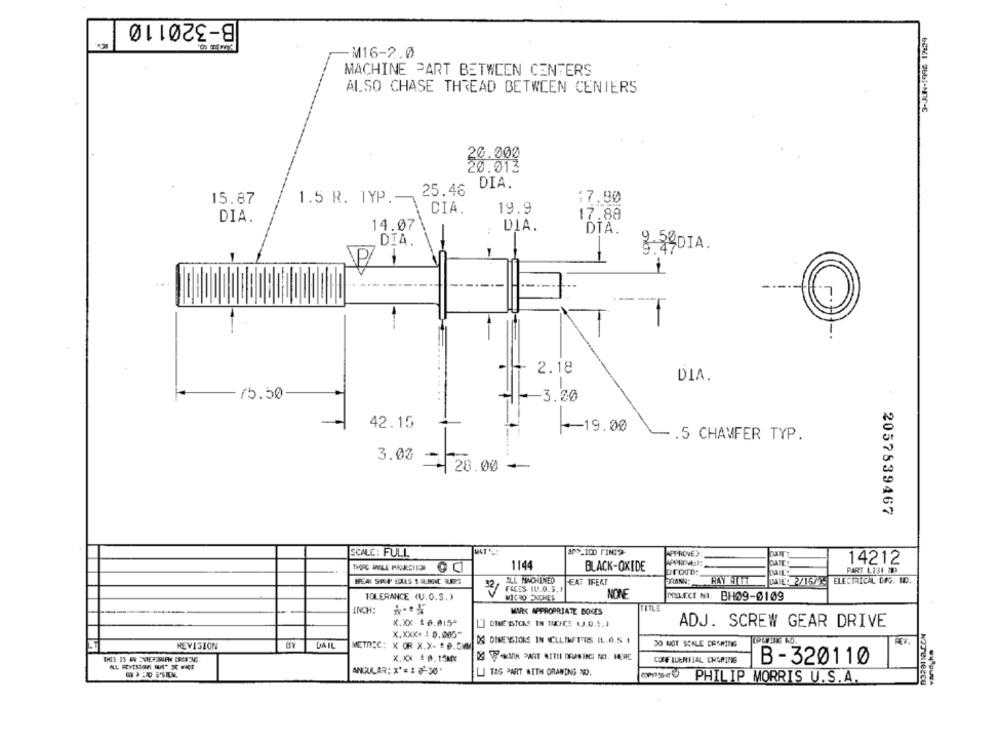
B-320110
M16-2.0
MACHINE PART BETWEEN CENTERS
ALSO CHASE THREAD BETWEEN CENTERS
20.000
20.013
DIA.
25.46
15.87
1.5 R. TYP .-
:7.90
CIA
19.9
17.88
DIA.
14.07
DIA.
DIA.
DIA.
-
8:29DIA.
--
--
2.18
DIA.
15.50
--- 3.00
42.15
-19.00
.5 CHAMFER TYP.
3.00
28.00
2057539467
SCALC: FULL
APPROVEY
14212
1144
BLACK-OXIDE
PART L131 2D
ALL MACHINED
HEAT TFEAT
BRANN:
RAY NETT
ELECTRICAL, CES. ID.
32/
32/FECES 11.0.3.1
NONE
TOLERANCE (U.O.S.)
MICRO -INCHES
MELECI MI. BH09-0109
INCH:
TITLE
MARK APPROPRIATE BOXES
X.XX 16.015ª
[] DINE STOKS IN INCHES (J.0.5.1
ADJ. SCREW GEAR DRIVE
X.XXX= 1 8.000"
REVISION
DIAIL
METRIC: X OR X.X- * 0.5M
DE DIMENSIONS IN CLLIMFTTS (L.O.S .
DO NOT SCALE CRARING
REV.
X.XX 0.15A04
DE TOWANK PART ATTIL DOPSINE NO. HERE
CONFIDENTIAL CHARING
B-320110
ANGULAR; X' = 1 7-30*
LJ TAS PART WITH DRAWING 3D.
PHILIP MORRIS U.S.A.
NOTeLIBCEu